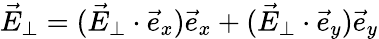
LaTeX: \vec{E}_{\perp}=(\vec{E}_{\perp}\cdot\vec{e}_{x})\vec{e}_{x}+(\vec{E}_{\perp}\cdot\vec{e}_{y})\vec{e}_{y}